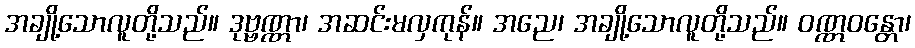
အချို့သောလူတို့သည်။ ဒုဗ္ဗဏ္ဏာ၊ အဆင်းမလှကုန်။ အညေ၊ အချို့သောလူတို့သည်။ ဝဏ္ဏဝန္တော၊